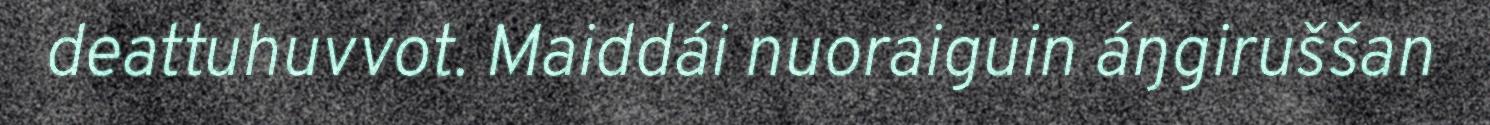
deattuhuvvot. Maiddái nuoraiguin áŋgiruššan